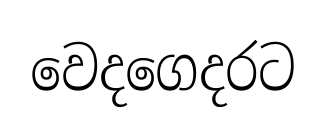
වෙදගෙදරට